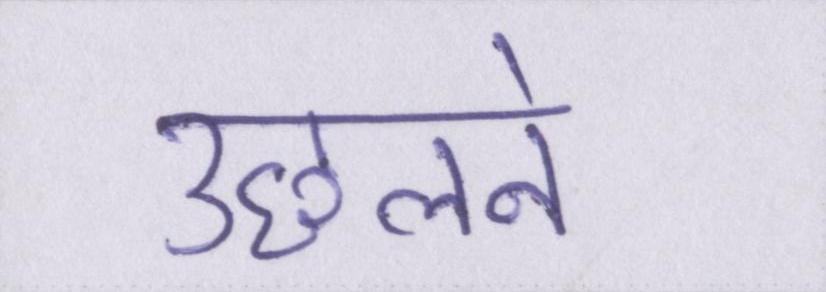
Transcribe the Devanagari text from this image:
उछलने